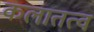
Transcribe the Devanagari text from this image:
कलातत्व